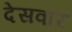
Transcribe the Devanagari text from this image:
देसवार